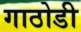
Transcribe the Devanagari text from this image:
गाठोडी